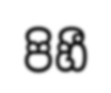
පිහී